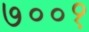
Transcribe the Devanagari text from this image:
७००१